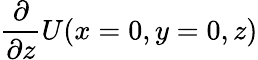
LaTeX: \frac{\partial}{\partial z}U(x=0,y=0,z)